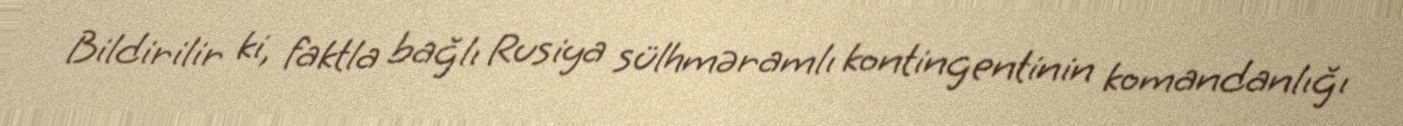
Bildirilir ki, faktla bağlı Rusiya sülhməramlı kontingentinin komandanlığı